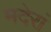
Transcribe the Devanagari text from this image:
मदेरां